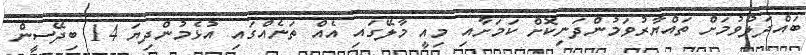
ބައްދަލުވުމަށް ތައްޔާރުވަމުންދަނިކޮށް ކަމަށާއި މިއީ މާލޭގައި އެއް ތަނެއްގައި އުޅެމުންދިޔަ 14 ބިދޭސީން